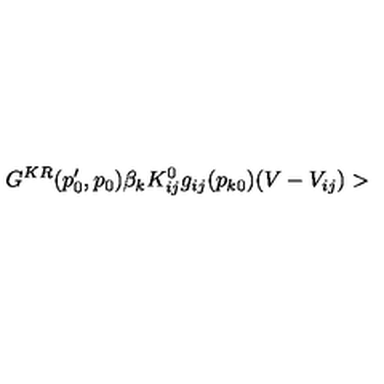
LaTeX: G ^ { K R } ( p _ { 0 } ^ { \prime } , p _ { 0 } ) \beta _ { k } K _ { i j } ^ { 0 } g _ { i j } ( p _ { k 0 } ) ( V - V _ { i j } ) >